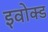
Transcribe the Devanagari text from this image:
इवोक्ड